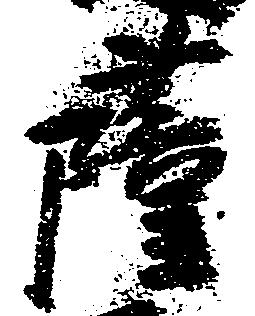
薩